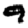
Digit: 4